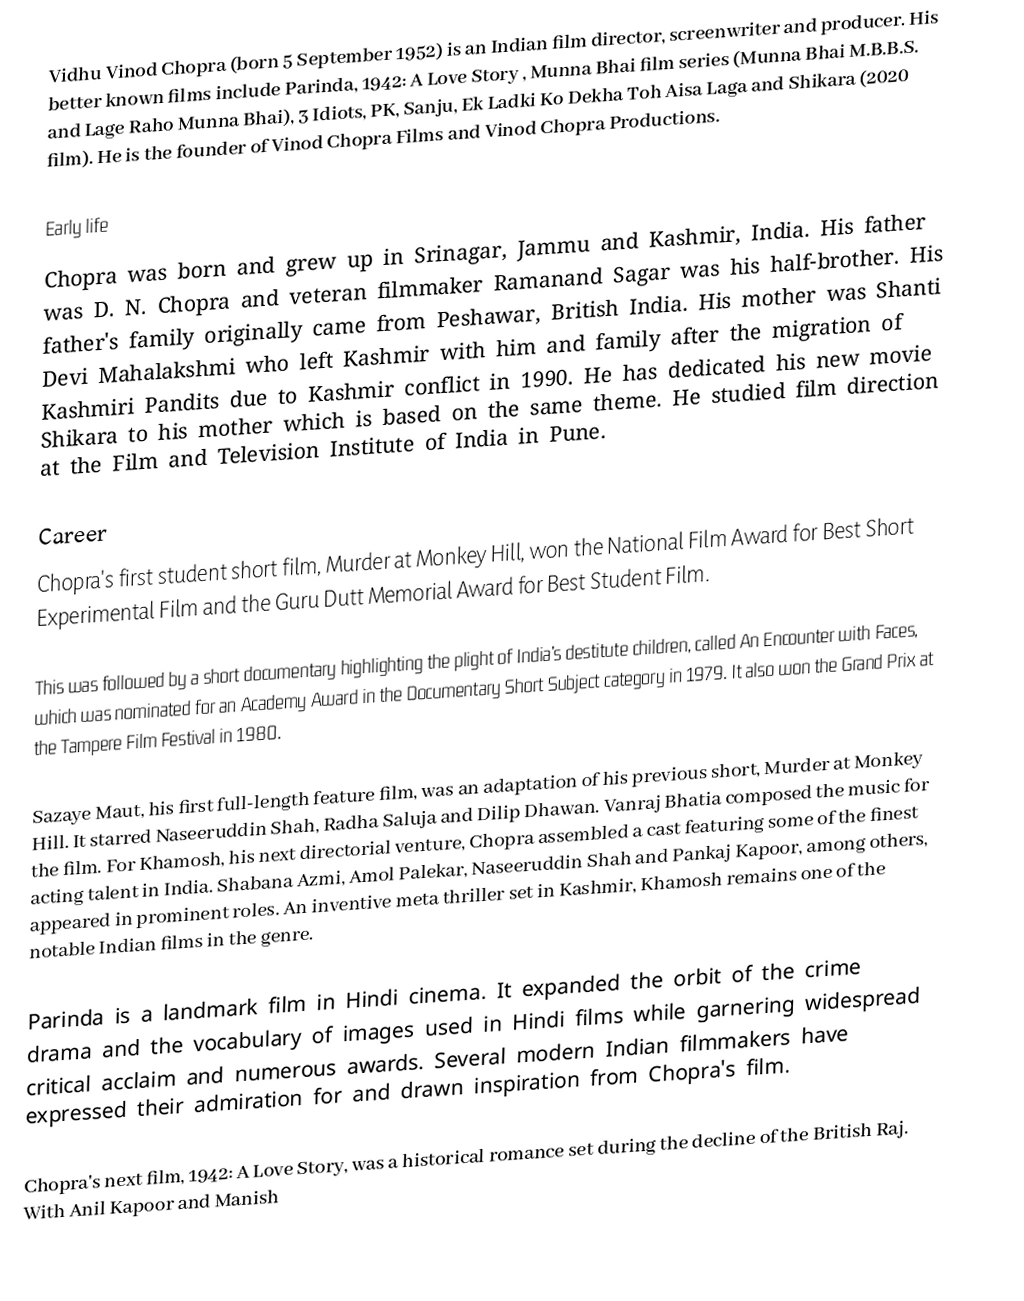
Vidhu Vinod Chopra (born 5 September 1952) is an Indian film director, screenwriter and producer. His better known films include Parinda, 1942: A Love Story , Munna Bhai film series (Munna Bhai M.B.B.S. and Lage Raho Munna Bhai), 3 Idiots, PK, Sanju, Ek Ladki Ko Dekha Toh Aisa Laga and Shikara (2020 film). He is the founder of Vinod Chopra Films and Vinod Chopra Productions.

Early life
Chopra was born and grew up in Srinagar, Jammu and Kashmir, India. His father was D. N. Chopra and veteran filmmaker Ramanand Sagar was his half-brother. His father's family originally came from Peshawar, British India. His mother was Shanti Devi Mahalakshmi who left Kashmir with him and family after the migration of Kashmiri Pandits due to Kashmir conflict in 1990. He has dedicated his new movie Shikara to his mother which is based on the same theme. He studied film direction at the Film and Television Institute of India in Pune.

Career
Chopra's first student short film, Murder at Monkey Hill, won the National Film Award for Best Short Experimental Film and the Guru Dutt Memorial Award for Best Student Film.

This was followed by a short documentary highlighting the plight of India's destitute children, called An Encounter with Faces, which was nominated for an Academy Award in the Documentary Short Subject category in 1979. It also won the Grand Prix at the Tampere Film Festival in 1980.

Sazaye Maut, his first full-length feature film, was an adaptation of his previous short, Murder at Monkey Hill. It starred Naseeruddin Shah, Radha Saluja and Dilip Dhawan. Vanraj Bhatia composed the music for the film. For Khamosh, his next directorial venture, Chopra assembled a cast featuring some of the finest acting talent in India. Shabana Azmi, Amol Palekar, Naseeruddin Shah and Pankaj Kapoor, among others, appeared in prominent roles. An inventive meta thriller set in Kashmir, Khamosh remains one of the notable Indian films in the genre.

Parinda is a landmark film in Hindi cinema. It expanded the orbit of the crime drama and the vocabulary of images used in Hindi films while garnering widespread critical acclaim and numerous awards. Several modern Indian filmmakers have expressed their admiration for and drawn inspiration from Chopra's film.

Chopra's next film, 1942: A Love Story, was a historical romance set during the decline of the British Raj. With Anil Kapoor and Manish